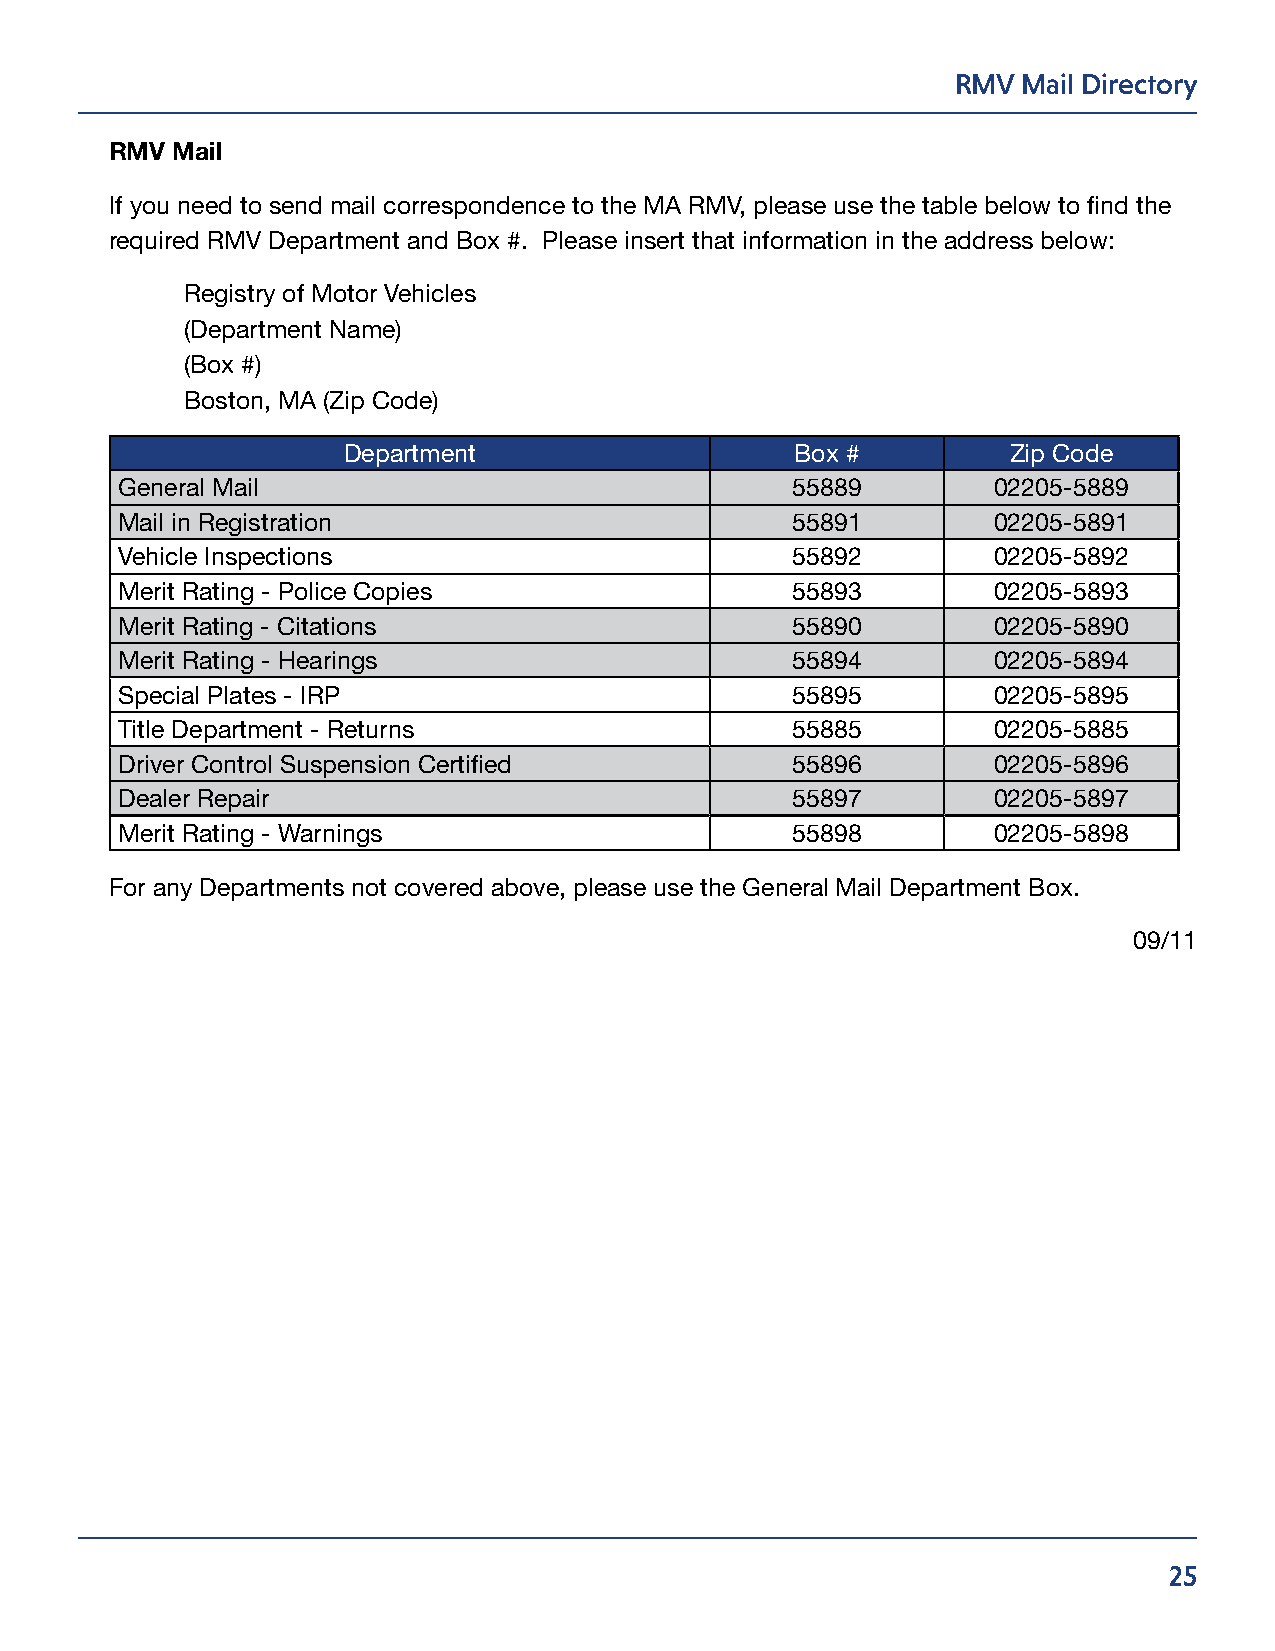
RMV  Mail Directory
 RMV Mail
 If you need to send mail correspondence to the MA RMV, please use the table below to find the
 required RMV Department and Box #. Please insert that information in the address below:
 Registry of Motor Vehicles
 (Department Name)
 (Box #)
 Boston, MA (Zip Code)
 Department                    Box #         Zip Code
 General Mail                                55889         02205-5889
 Mail in Registration                        55891         02205-5891
 Vehicle Inspections                         55892         02205-5892
 Merit Rating - Police Copies                55893         02205-5893
 Merit Rating - Citations                    55890         02205-5890
 Merit Rating - Hearings                     55894         02205-5894
 Special Plates - IRP                        55895         02205-5895
 Title Department - Returns                  55885         02205-5885
 Driver Control Suspension Certified         55896         02205-5896
 Dealer Repair                               55897         02205-5897
 Merit Rating - Warnings                     55898         02205-5898
 For any Departments not covered above, please use the General Mail Department Box.
 09/11
 25